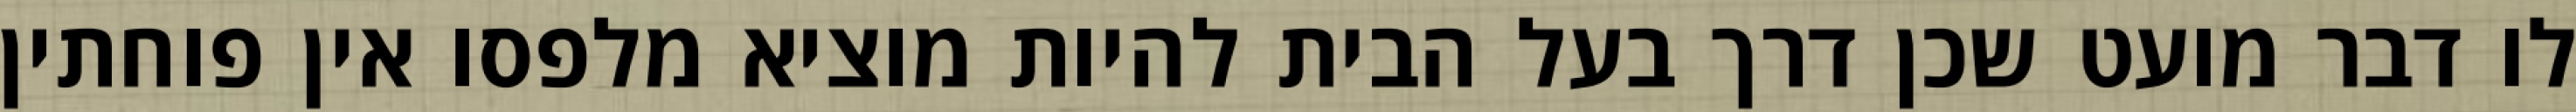
לו דבר מועט שכן דרך בעל הבית להיות מוציא מלפסו אין פוחתין